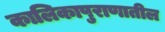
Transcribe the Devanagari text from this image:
कालिकापुराणातील